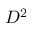
D ^ { 2 }